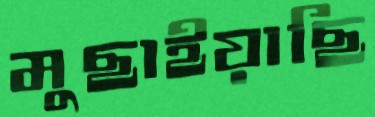
মুছাইয়াছি